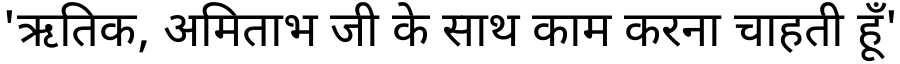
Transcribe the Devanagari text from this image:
'ऋतिक, अमिताभ जी के साथ काम करना चाहती हूँ'